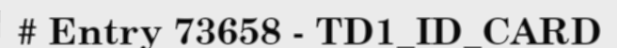
# Entry 73658 - TD1_ID_CARD